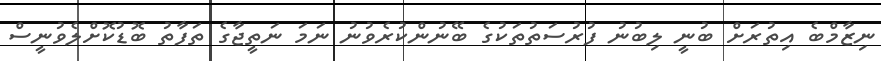
ނިޒާމްބެ އިތުރަށް ބުނީ ލިބުނު ފުރުސަތުތަކުގެ ބޭނުންކުރެވުނު ނަމަ ނަތީޖާގެ ތަފާތު ބޮޑުކޮށްލެވުނީސް